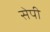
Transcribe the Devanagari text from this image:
सेपी